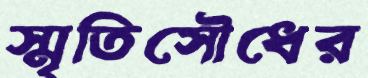
স্মৃতিসৌধের